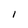
Character: I